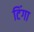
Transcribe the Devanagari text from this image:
टिंगा